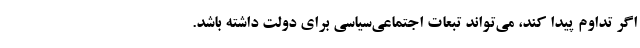
اگر تداوم پیدا کند، می‌تواند تبعات اجتماعی‌سیاسی برای دولت داشته باشد.